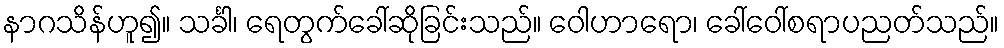
နာဂသိန်ဟူ၍။ သင်္ခါ၊ ရေတွက်ခေါ်ဆိုခြင်းသည်။ ဝေါဟာရော၊ ခေါ်ဝေါ်စရာပညတ်သည်။